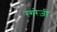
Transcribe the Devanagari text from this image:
रंगरेज़ी